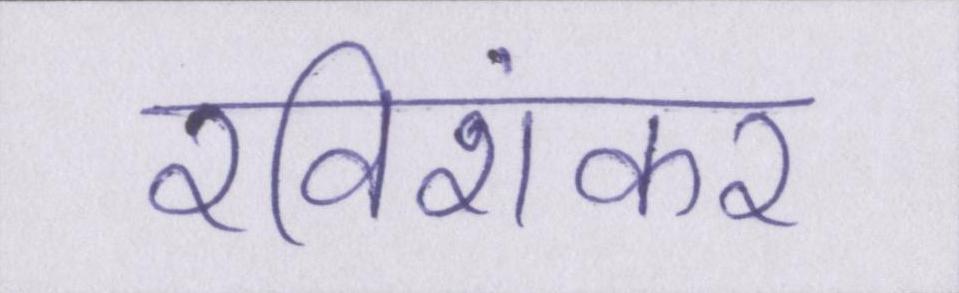
रविशंकर